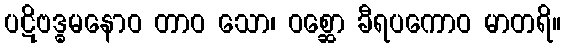
ပဋိဗဒ္ဓမနောဝ တာဝ သော၊ ဝစ္ဆော ခီရပကောဝ မာတရိ။